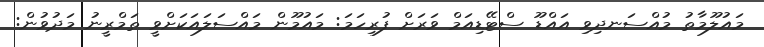
މައުލޫމާތު މުއްސަނދިވި އައްޑޫ ސްޓޭޑިއަމް ވަރަށް ފުރިހަމަ: މައުމޫން މައްސަލައަކަށްވީ ތަމްރީނު މަދުވުން: